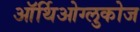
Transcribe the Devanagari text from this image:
ऑर्थिओग्लुकोज